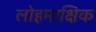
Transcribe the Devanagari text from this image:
लोहमाक्षिक